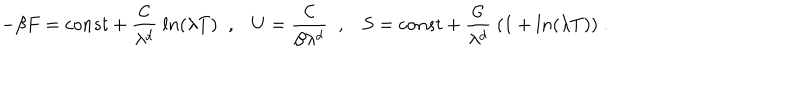
- \beta F = c o n s t + \frac { { \cal C } } { \lambda ^ { d } } \; l n ( \lambda T ) \; \; , U = \frac { { \cal C } } { \beta \lambda ^ { d } } \; \; , S = c o n s t + \frac { { \cal C } } { \lambda ^ { d } } \; ( 1 + l n ( \lambda T ) ) \; .